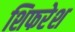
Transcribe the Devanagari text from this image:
शिफरेश